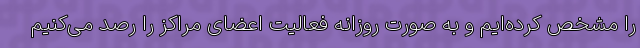
را مشخص کرده‌ایم و به صورت روزانه فعالیت اعضای مراکز را رصد می‌کنیم